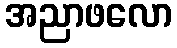
အညာဖလော